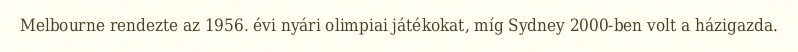
Melbourne rendezte az 1956. évi nyári olimpiai játékokat, míg Sydney 2000-ben volt a házigazda.